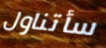
سأتناول